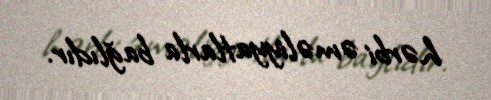
hərbi əməliyyatlarla bağlıdır.